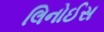
લિનોઈસ